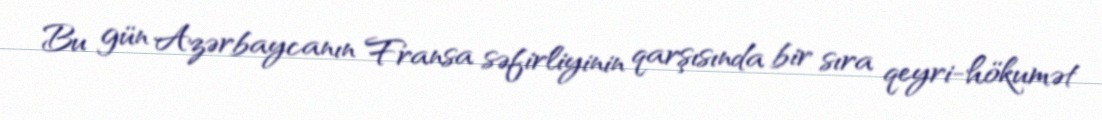
Bu gün Azərbaycanın Fransa səfirliyinin qarşısında bir sıra qeyri-hökumət